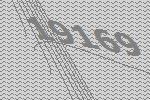
19169